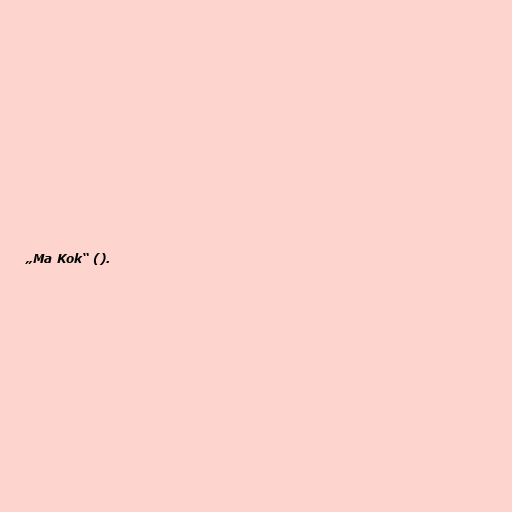
„Ma Kok“ ().